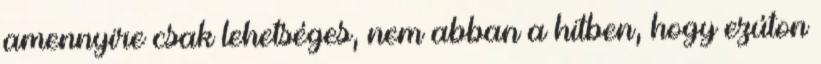
amennyire csak lehetséges, nem abban a hitben, hogy ezúton